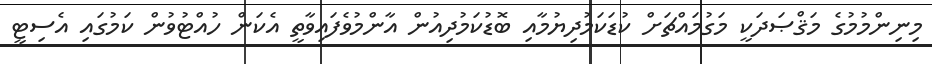
މިނިންމުމުގެ މަޤްޞަދަކީ މަގުމައްޗަށް ކުޑަކަމުދިޔުމާއި ބޮޑުކަމުދިއުން އާންމުވެފައިވާތީ އެކަން ހުއްޓުވުން ކަމުގައި އެސިޓީ